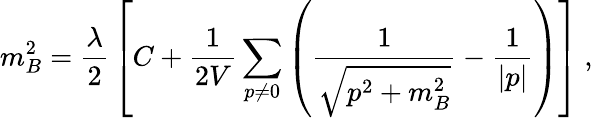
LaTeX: m_{B}^{2}={\frac{\lambda}{2}}\left[C+{\frac{1}{2V}}\sum_{p\neq 0}\left(\frac{1}{\sqrt{{p}^{2}+m_{B}^{2}}}-\frac{1}{|p|}\right)\right]~,